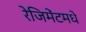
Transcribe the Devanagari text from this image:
रेजिमेंटमधे